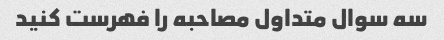
سه سوال متداول مصاحبه را فهرست کنید